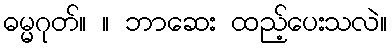
ဓမ္မဂုတ်။ ။ ဘာဆေး ထည့်ပေးသလဲ။